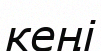
кеңі